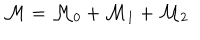
{ \cal M } = { \cal M } _ { 0 } + { \cal M } _ { 1 } + { \cal M } _ { 2 }